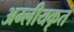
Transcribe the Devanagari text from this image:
अम्लीयकृत